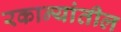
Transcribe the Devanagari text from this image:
रकान्यांतील